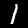
Digit: 1